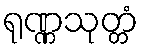
ရုဏ္ဏသုတ္တံ